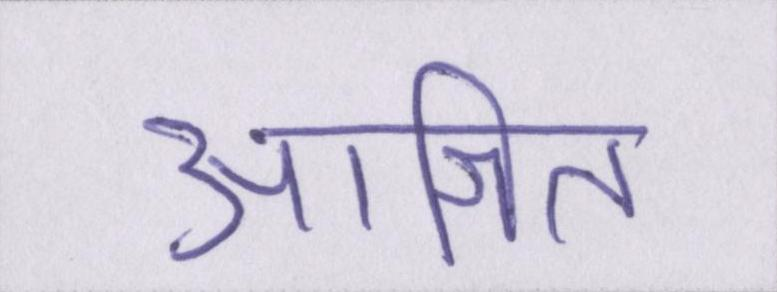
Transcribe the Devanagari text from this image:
आश्रित